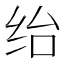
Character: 绐